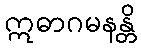
ဣဓာဂမနန္တိ